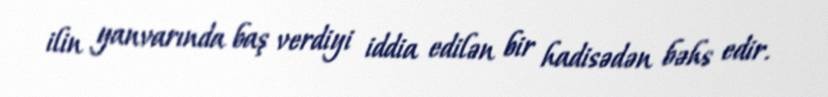
ilin yanvarında baş verdiyi iddia edilən bir hadisədən bəhs edir.